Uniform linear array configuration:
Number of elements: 24
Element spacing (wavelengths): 0.25
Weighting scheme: binomial
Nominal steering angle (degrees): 60
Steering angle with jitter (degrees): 60.841
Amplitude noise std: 0.05
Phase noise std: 0.05

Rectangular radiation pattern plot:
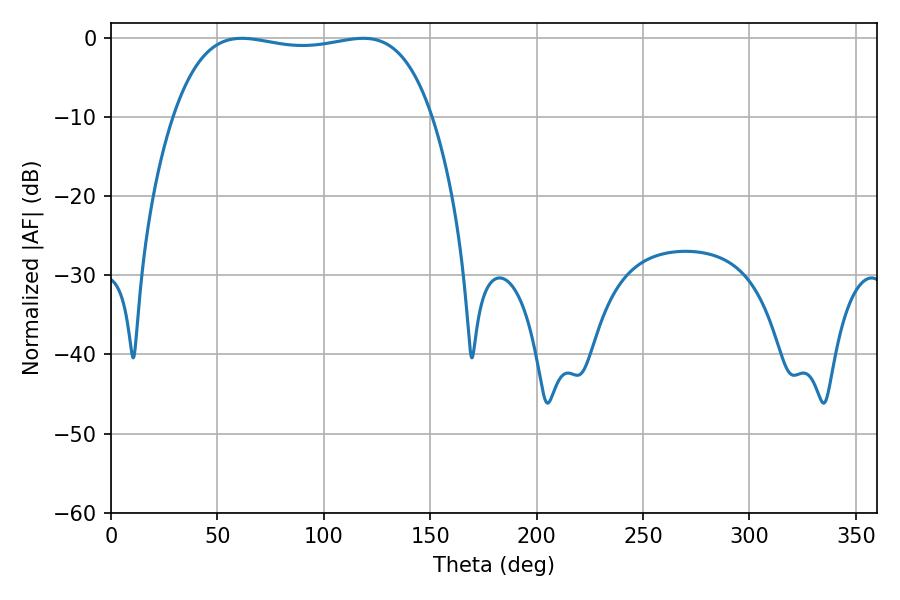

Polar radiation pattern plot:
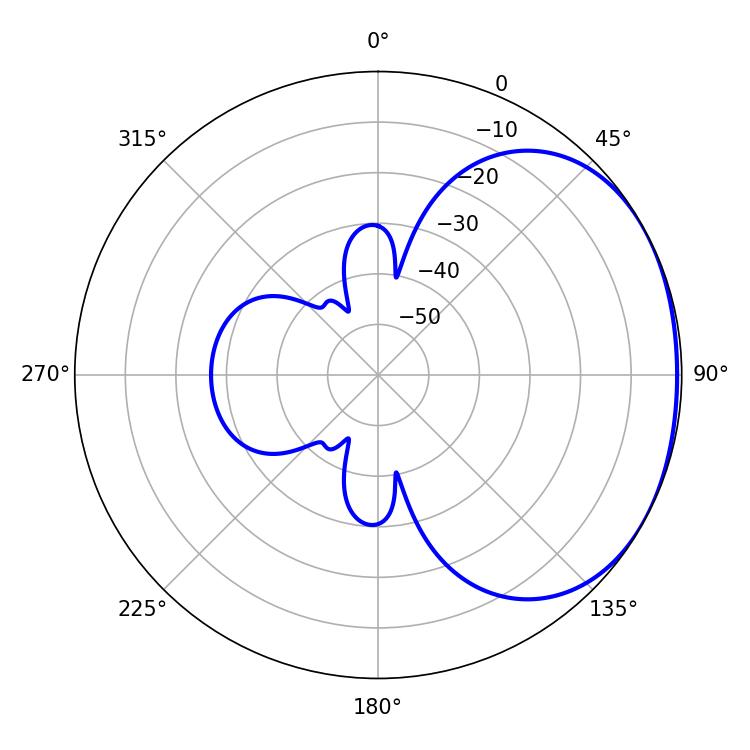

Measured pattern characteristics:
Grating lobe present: FALSE
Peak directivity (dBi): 1.579
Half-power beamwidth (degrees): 97.2
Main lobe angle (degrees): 61.56